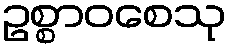
ဥစ္စာဝစေသု